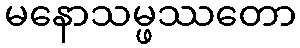
မနောသမ္ဖဿတော